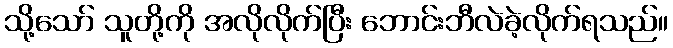
သို့သော် သူတို့ကို အလိုလိုက်ပြီး ဘောင်းဘီလဲခဲ့လိုက်ရသည်။